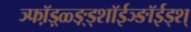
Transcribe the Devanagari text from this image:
ञ्फॉ़ड़्ळ्ङ़्ड्शॉईञ्ङॉईड्श्